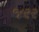
જરર